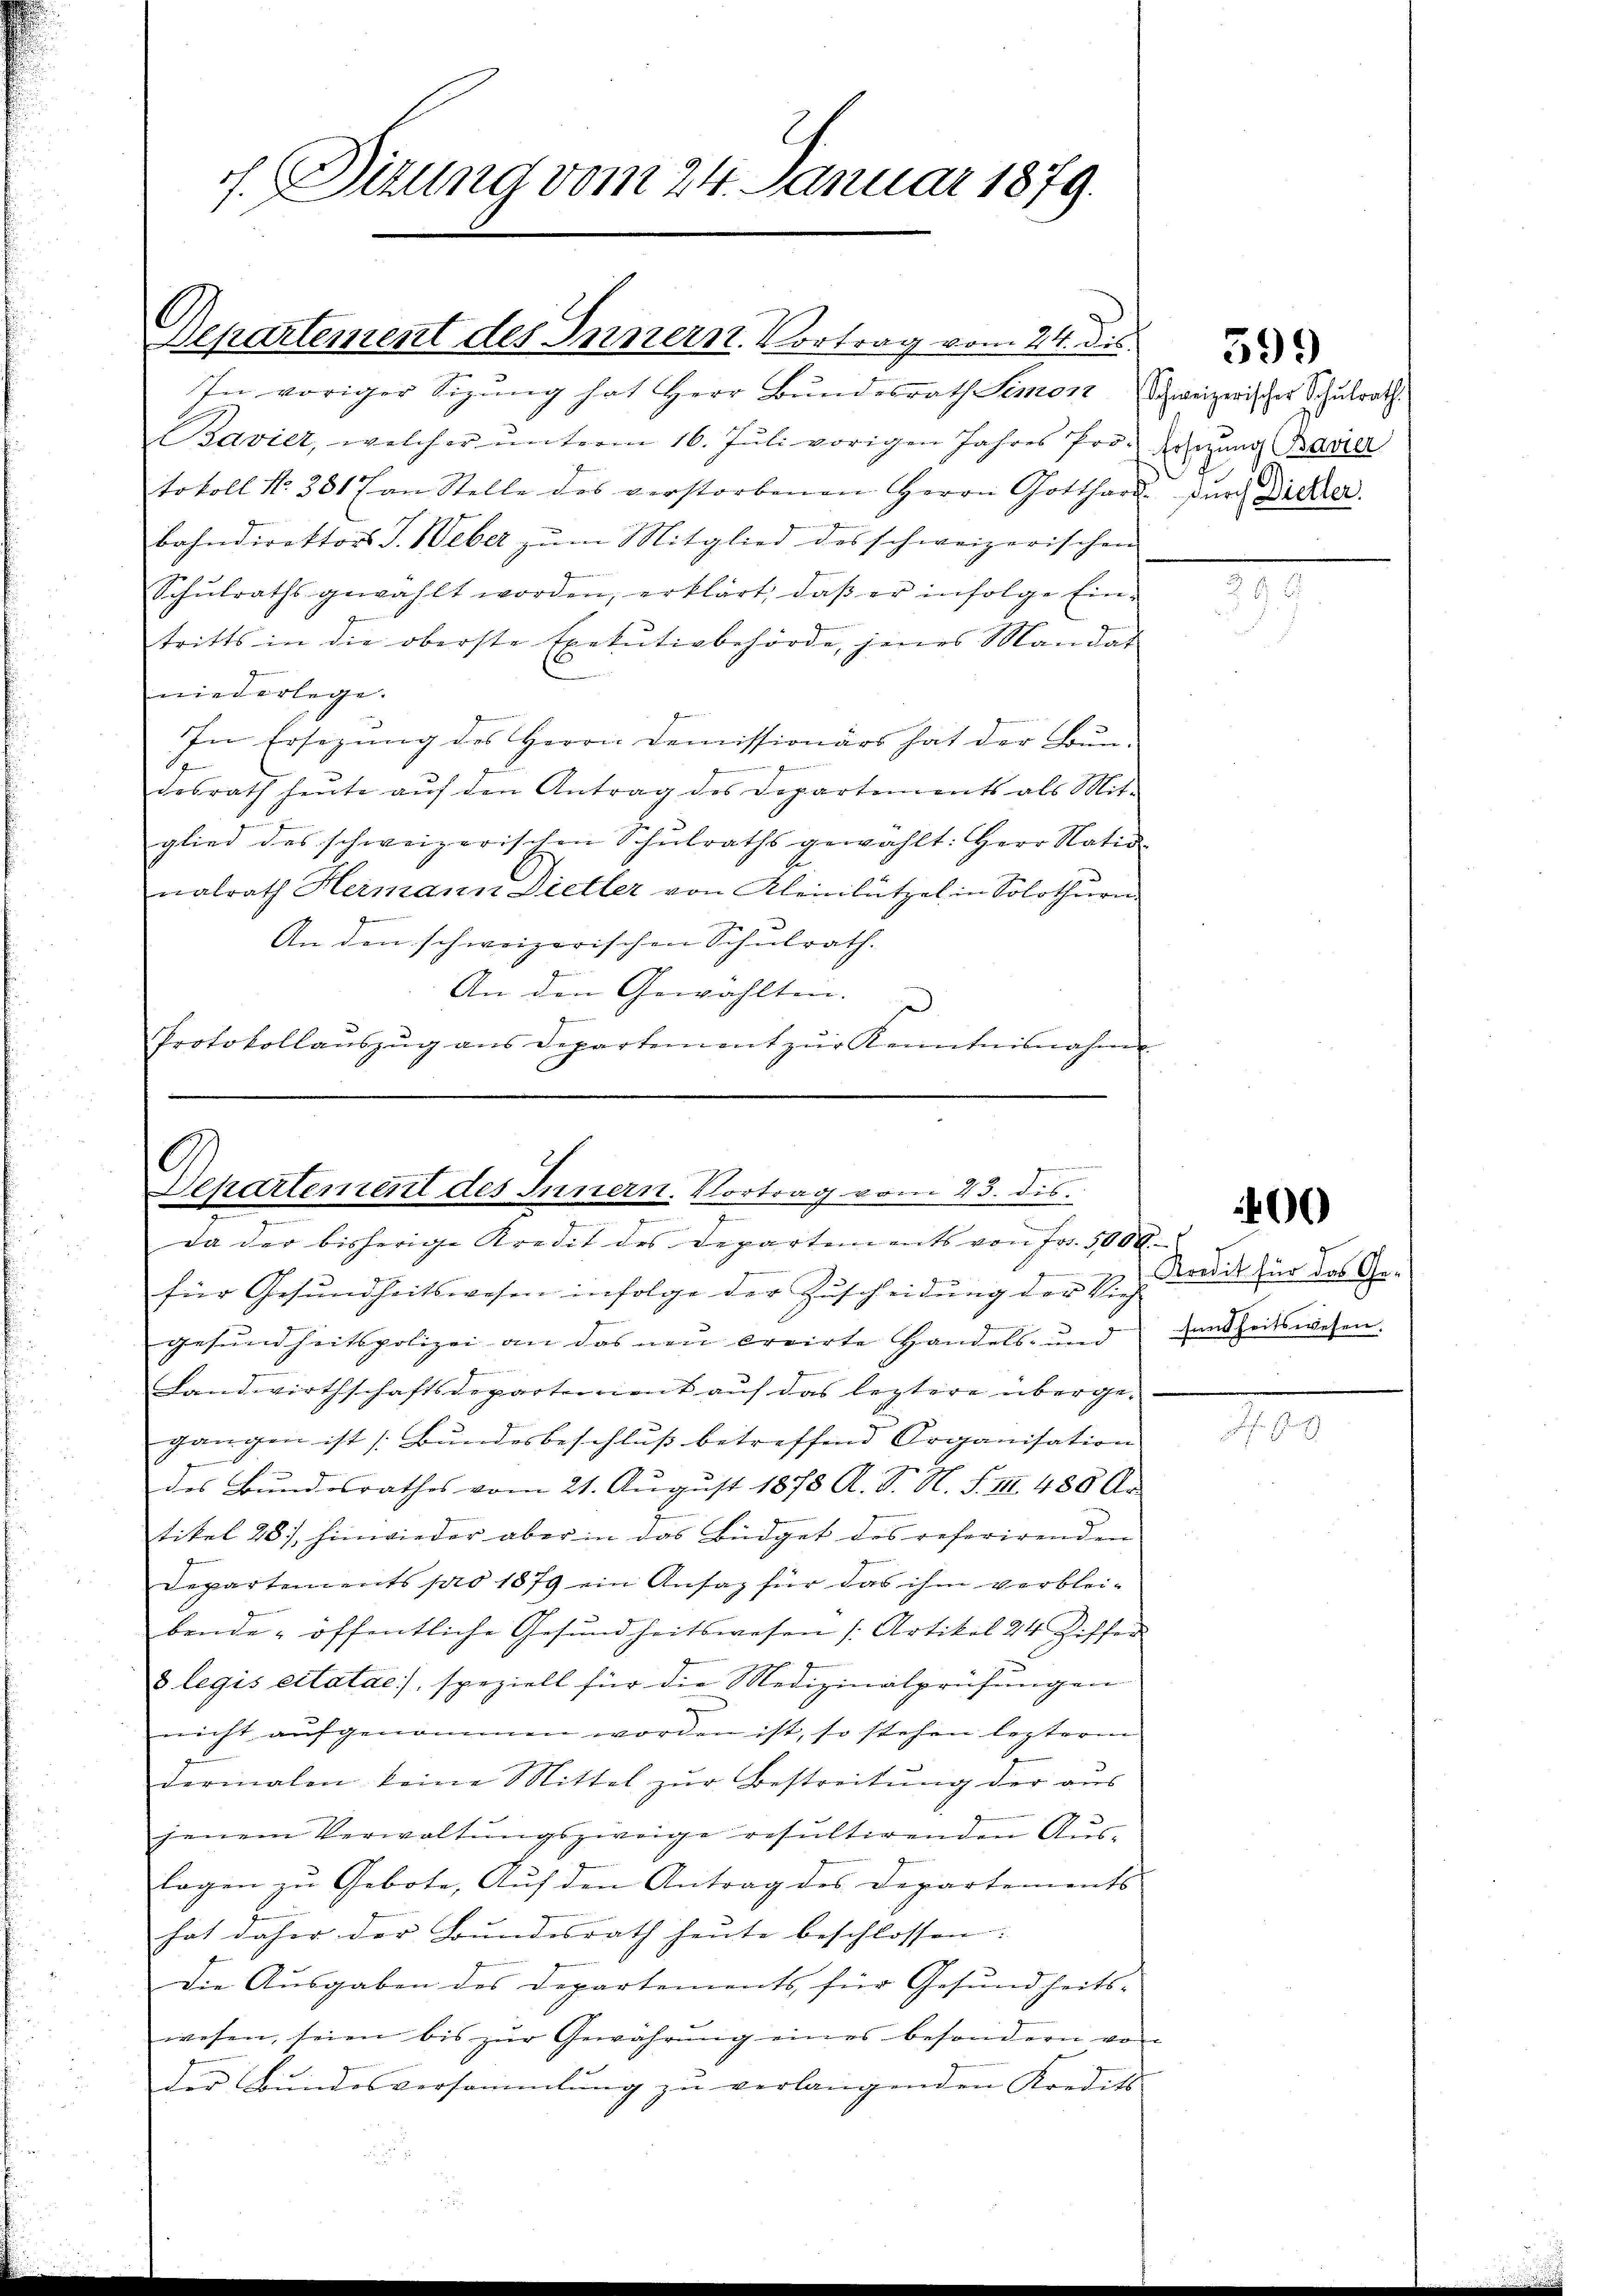
7. Sizung vom 24. Januar 1879.

Departement des Innern Vortrag vom 24. dis.

Ihn voriger Sizung hat Herr Bundesrath Simon Schweizwischer Schulrath
Bavier, welcher ŭnterm 16. Jŭli vorigen Jahres Pro. Ersetzung Bavier
tokoll No 381 an Stelle des verstorbenen Herrn Gotthard. Durch Dicker.
bahndirektors J. Weber zŭm Mitglied des schweizerischen
Schŭlraths gewählt worden, erklärt, daβ er infolge Ein-
tritts in die oberste Exetŭtivbehörde, jenes Mandat

niederlege.
In Ersezung des Herrn Demissionärs hat der Bun¬
J
den genan
desrath heŭte aŭf den Antrag des Departements als Mit-
glied des schweizerischen Schŭlraths gewählt: Herr Natio
nalrath Heimann Dietler von Kleinlützel in Solothurn
An den schweizerischen Schulrath.
An den Gewählten.
Protokollaŭszŭg ans Departement zŭr Kenntnisnahme

Departement des Innern. Vortrag vom 23. dis.
e

Da der bisherige Kredit des Departements von Fr. 5000.
für Gesŭndheitswesen infolge der Zŭscheidŭng der s. z. Kodik für das Ge-
gesundheitspolizei an das neu creirte Handels- und
Landwirthschaftsdeparterrient auf das leztere übergegangen ist (Bundesbeschluß betreffend Organisation
des Bŭndesrathes vom 21. Aŭgŭst 1878 A. S. N. S. III 480 Ar
tikel 28), hinwieder aber in das Büdget des referirenden
Departements pro 1879 ein Ansag für das ihm verbleibende öffentliche Gesŭndheitswesen (Artikel 24 Ziffer
3 legis citatae), speziell für die Medizinalprüfungen
nicht aŭfgenommen worden ist, so stehen leztere
dermalen keine Mittel zŭr Bestreitŭng der aus
g
jenem Verwaltungszweige resultirenden Aus-
lagen zu Gebote, Auf den Antrag des Departements
hat daher der Bundesrath heute beschlossen. |
Die Ausgaben des Departements für Gesundheitswesen, seien bis zŭr Gewährŭng eines besondern von
der Bundesversammlung zu verlangenden Kredits-

599

sundheitswesen.

400